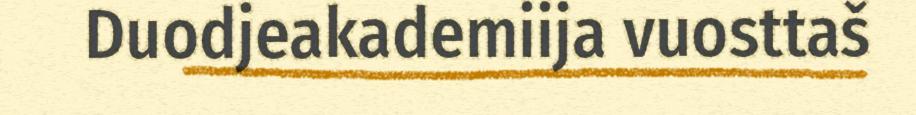
Duodjeakademiija vuosttaš